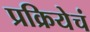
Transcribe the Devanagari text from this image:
प्रक्रियेचं